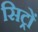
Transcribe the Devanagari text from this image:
सिट्रों